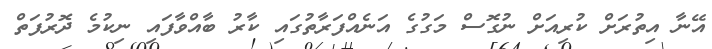
އޭނާ އިތުރަށް ކުރިއަށް ނުގޮސް މަގުގެ އަނެއްފަރާތުގައި ކާރު ބާއްވާފައި ނިކުމެ ދޮރުފަތް